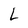
Character: L